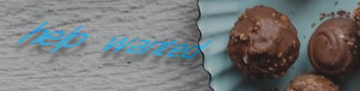
help wanted